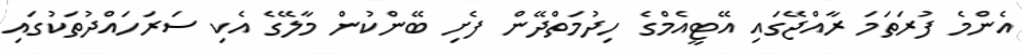
އެންމެ ފުރަތަމަ ރާއްޖޭގައި އޭޓީއެމްގެ ހިދުމަތްދޭން ފެށި ބޭންކުން މާލޭގެ އެކި ސަރަހައްދުތަކުގައި